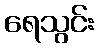
ရေသွင်း